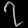
Digit: ၇